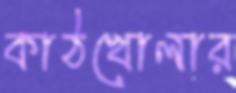
কাঠখোলার